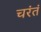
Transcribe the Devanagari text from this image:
चरंतं